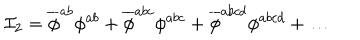
{ \cal I } _ { 2 } = \overline { { { \phi } } } ^ { a b } \phi ^ { a b } + \overline { { { \phi } } } ^ { a b c } \phi ^ { a b c } + \overline { { { \phi } } } ^ { a b c d } \phi ^ { a b c d } + \ldots